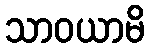
သာဝယာမိ